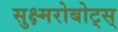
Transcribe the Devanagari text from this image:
सुक्ष्मरोबोट्स्